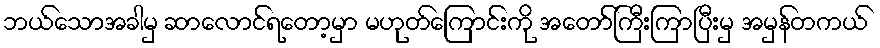
ဘယ်သောအခါမှ ဆာလောင်ရတော့မှာ မဟုတ်ကြောင်းကို အတော်ကြီးကြာပြီးမှ အမှန်တကယ်